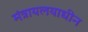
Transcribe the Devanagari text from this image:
मंत्रायलयाधीन